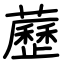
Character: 藶